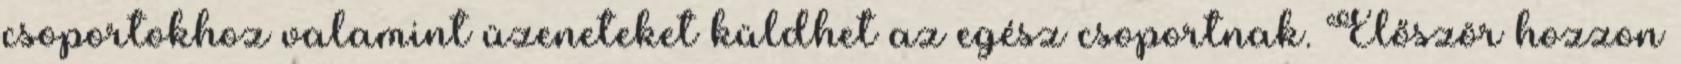
csoportokhoz valamint üzeneteket küldhet az egész csoportnak. Először hozzon